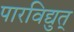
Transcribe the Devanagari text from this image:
पारविद्युत्